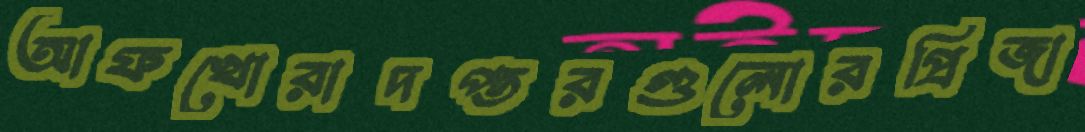
আফখোরাদপ্তরগুলোরপ্রিজা